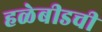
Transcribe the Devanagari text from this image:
हळेबीडची